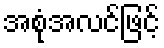
အစုံအလင်ဖြင့်